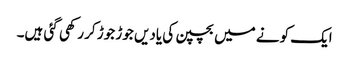
ایک کونے میں بچپن کی یادیں جوڑ جوڑ کر رکھی گئی ہیں۔